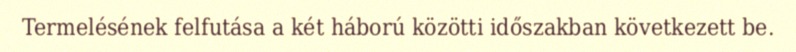
Termelésének felfutása a két háború közötti időszakban következett be.